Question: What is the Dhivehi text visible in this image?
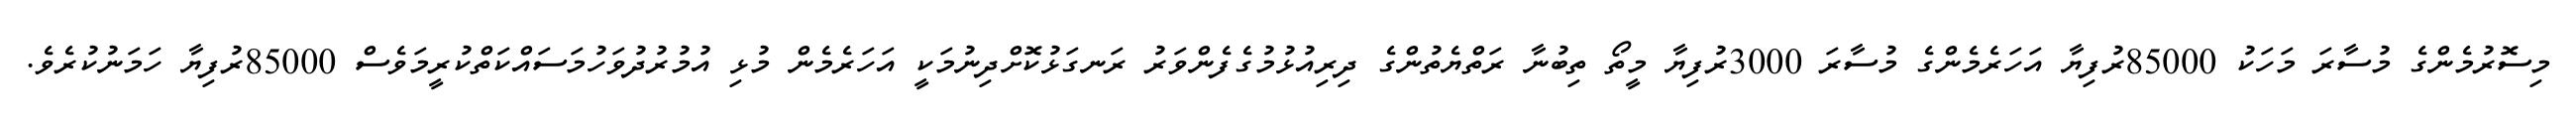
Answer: މިސޮރުމެންގެ މުސާރަ މަހަކު 85000ރުފިޔާ އަހަރެމެންގެ މުސާރަ 3000ރުފިޔާ މީތޯ ތިބުނާ ރަތްޔެތުންގެ ދިރިއުޅުމުގެފެންވަރު ރަނގަޅުކޮށްދިނުމަކީ އަހަރެމެން މުޅި އުމުރުދުވަހުމަސައްކަތްކުރީމަވެސް 85000ރުފިޔާ ހަމަނުކުރެވެ.